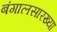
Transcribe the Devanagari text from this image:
बंगालसारख्या